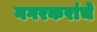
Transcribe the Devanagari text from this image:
नगरकरांचे